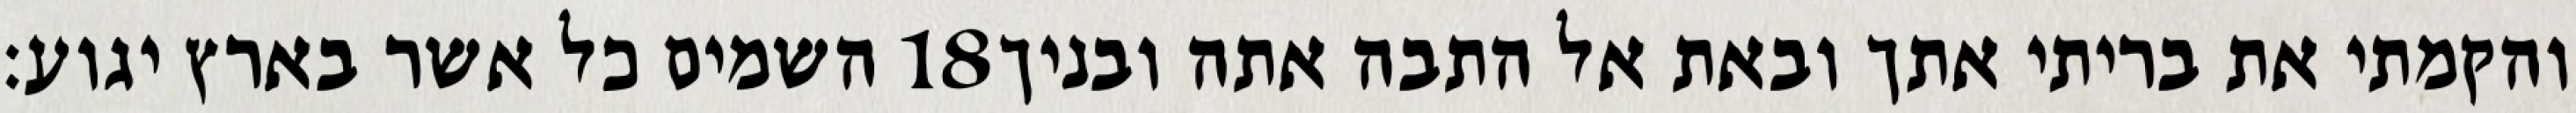
השמים כל אשר בארץ יגוע׃ ‎18‏ והקמתי את בריתי אתך ובאת אל התבה אתה ובניך